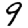
Digit: 9